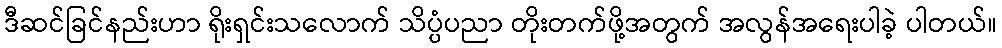
ဒီဆင်ခြင်နည်းဟာ ရိုးရှင်းသလောက် သိပ္ပံပညာ တိုးတက်ဖို့အတွက် အလွန်အရေးပါခဲ့ ပါတယ်။